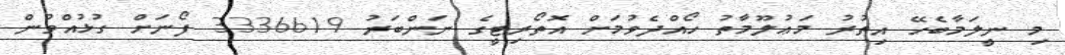
މި ނީލަމާބެހޭ އިތުރު މަޢުލޫމާތު ހޯއްދެވުމަށް އޮތޯރިޓީގެ ނަންބަރު 3336619 ފޯނަށް ގުޅުއްވުން